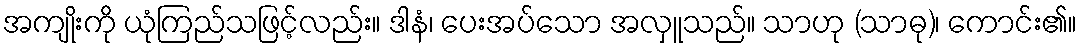
အကျိုးကို ယုံကြည်သဖြင့်လည်း။ ဒါနံ၊ ပေးအပ်သော အလှူသည်။ သာဟု (သာဓု)၊ ကောင်း၏။